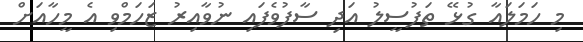
މި ހަމަލައާ ގުޅޭ ތަފުސީލު އަދި ސާފުވެފައި ނުވާއިރު ޒަހަމްވި އެ މީހާއަށް